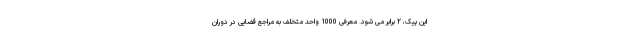
این پیک، ۲ برابر می شود. معرفی 1000 واحد متخلف به مراجع قضایی در دوران